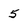
Character: 5